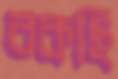
বকছি